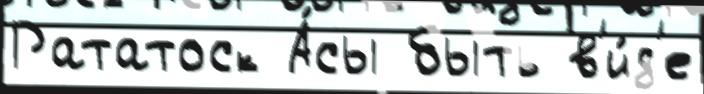
Рататоск А́сы быть в'и́д'е